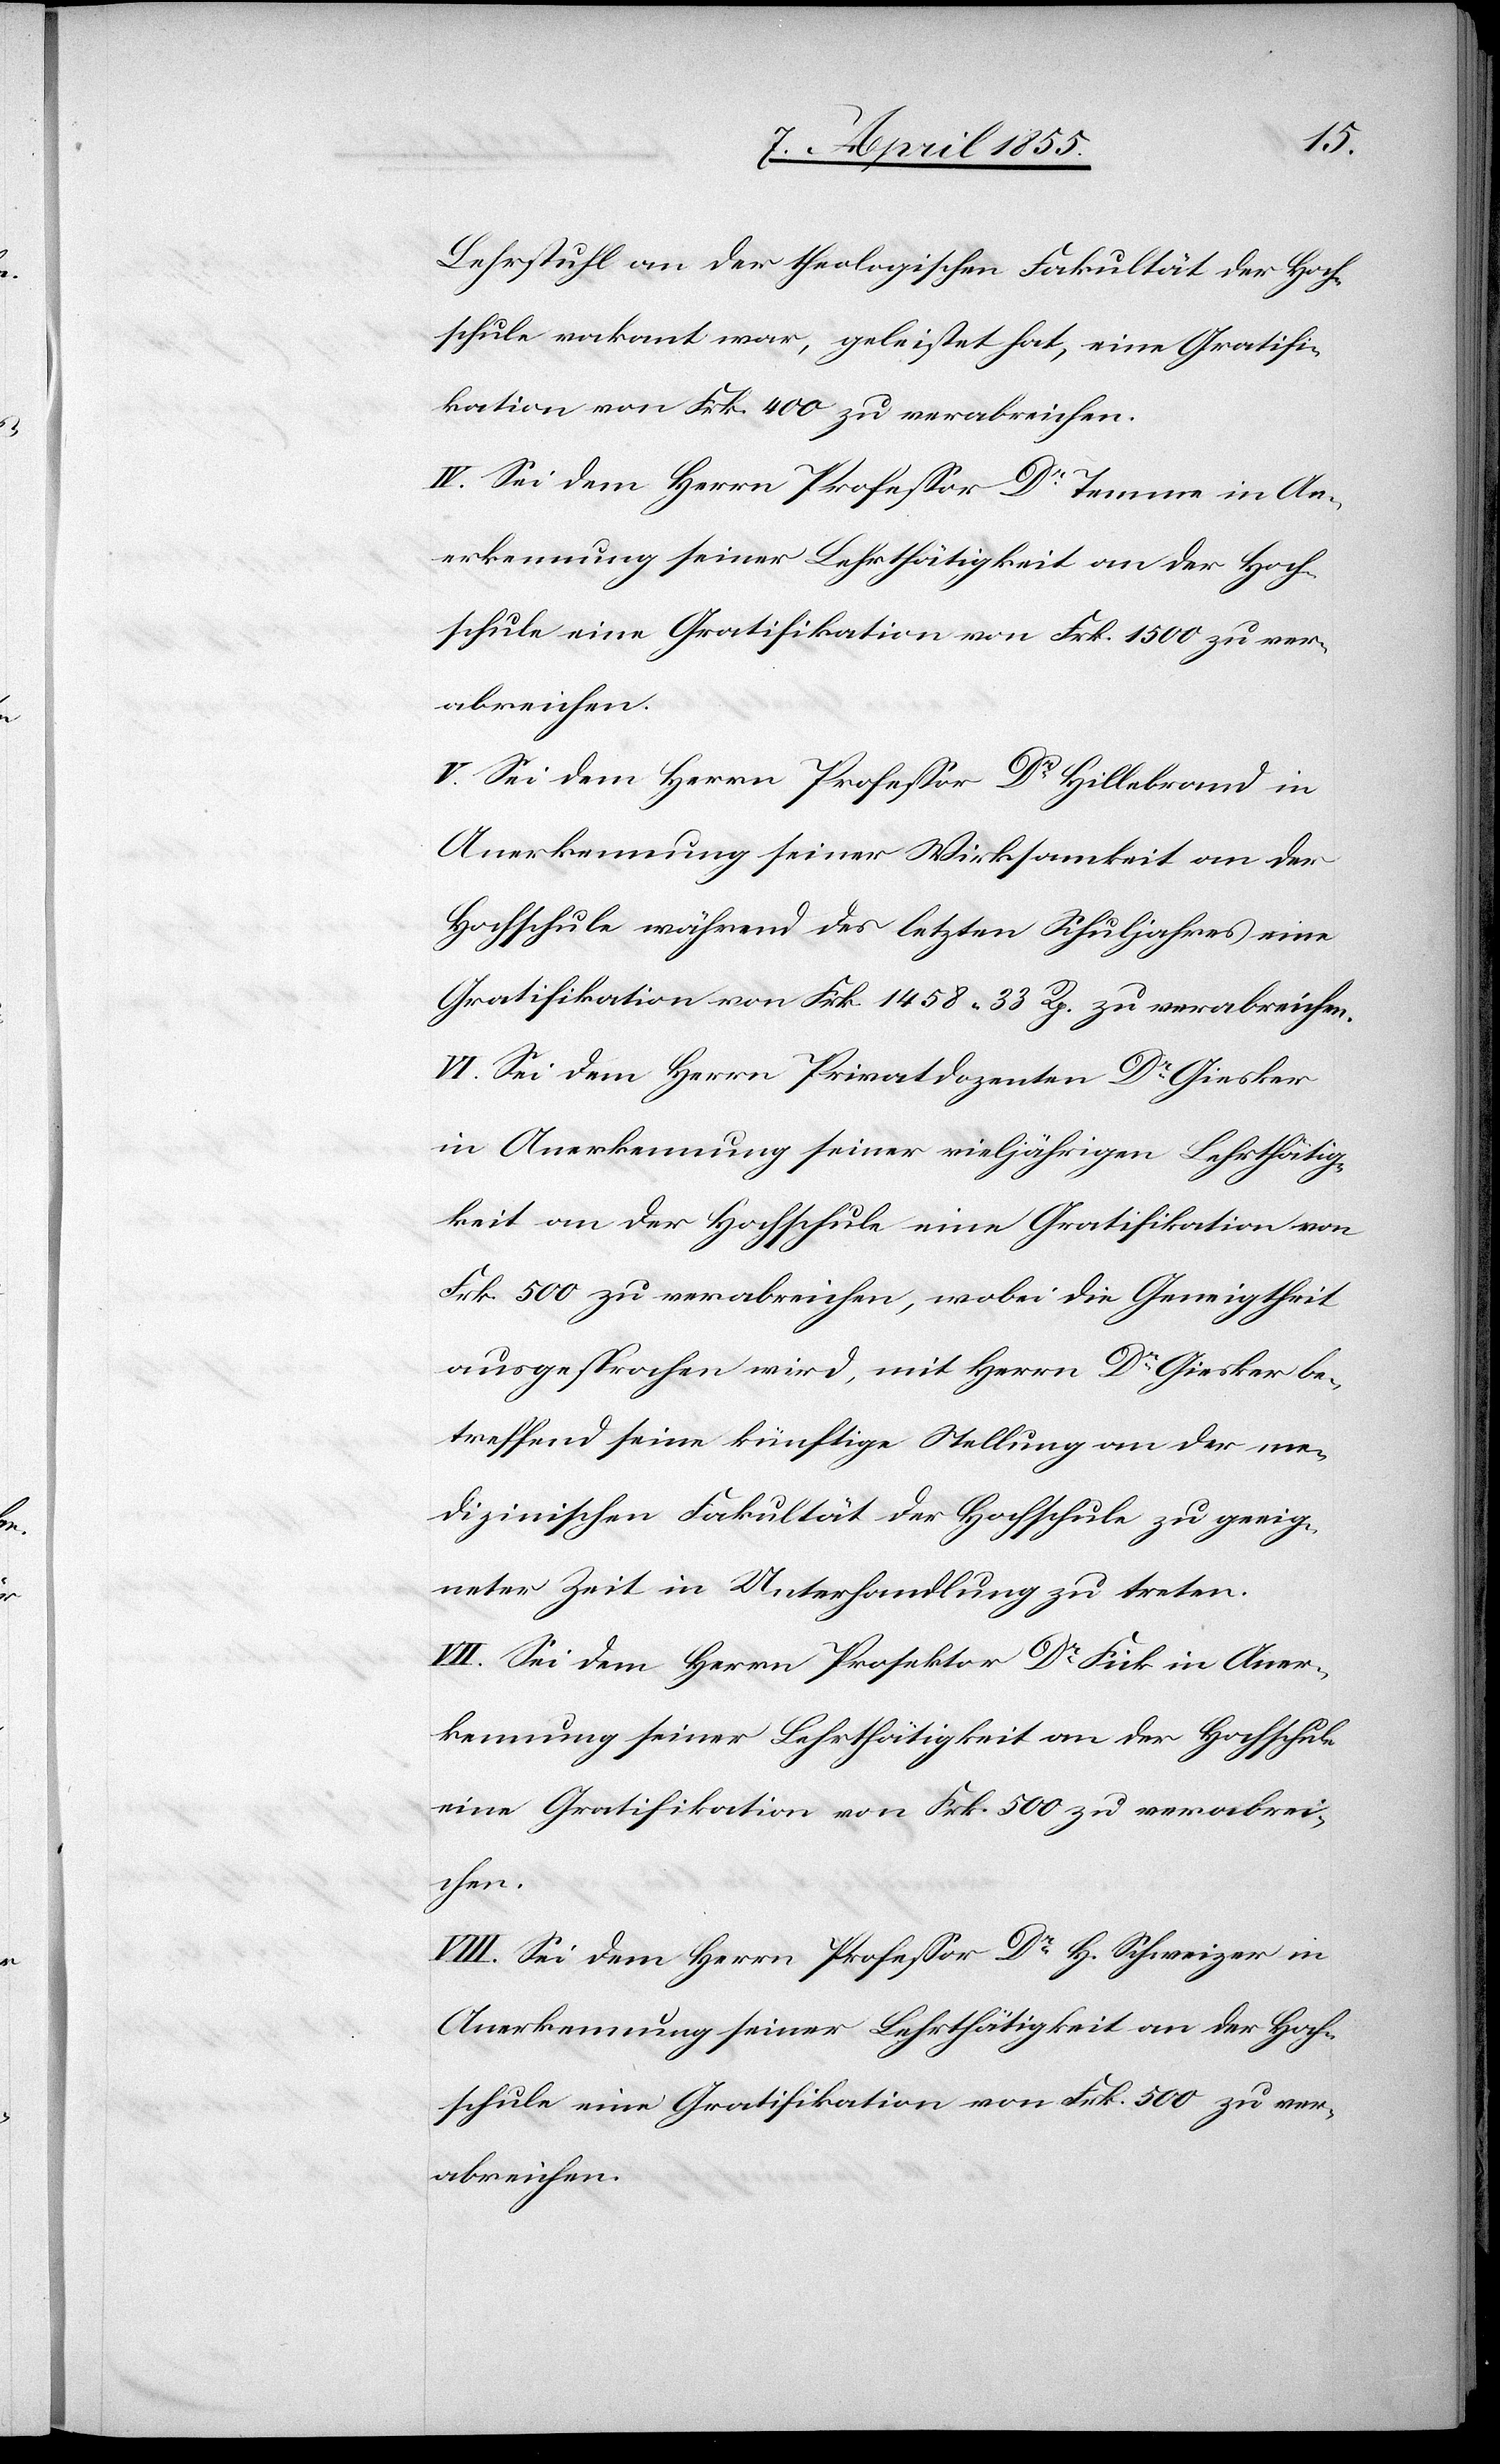
Lehrstuhl an der theologischen Fakultät der Hoch¬
schule vakant war, geleistet hat, eine Gratifi¬
kation von Frk. 400 zu verabreichen.
IV. Sei dem Herrn Professor Dr Temme in An¬
erkennung seiner Lehrthätigkeit an der Hoch¬
schule eine Gratifikation von Frk. 1500 zu ver¬
abreichen.
V. Sei dem Herrn Professor Dr Hillebrand in
Anerkennung seiner Wirksamkeit an der
Hochschule während des letzten Schuljahres eine
Gratifikation von Frk. 1458. 33 Rp. zu verabreichen.
VI. Sei dem Herrn Privatdozenten Dr Giesker
in Anerkennung seiner vieljährigen Lehrthätig¬
keit an der Hochschule eine Gratifikation von
Frk. 500 zu verabreichen, wobei die Geneigtheit
ausgesprochen wird, mit Herrn Dr Giesker be¬
treffend seine künftige Stellung an der me¬
dizinischen Fakultät der Hochschule zu geeig¬
neter Zeit in Unterhandlung zu treten.
VII. Sei dem Herrn Prosektor Dr Fick in Aner¬
kennung seiner Lehrthätigkeit an der Hochschule
eine Gratifikation von Frk. 500 zu verabrei¬
chen.
VIII. Sei dem Herrn Professor Dr H. Schweizer in
Anerkennung seiner Lehrthätigkeit an der Hoch¬
schule eine Gratifikation von Frk. 500 zu ver¬
abreichen.